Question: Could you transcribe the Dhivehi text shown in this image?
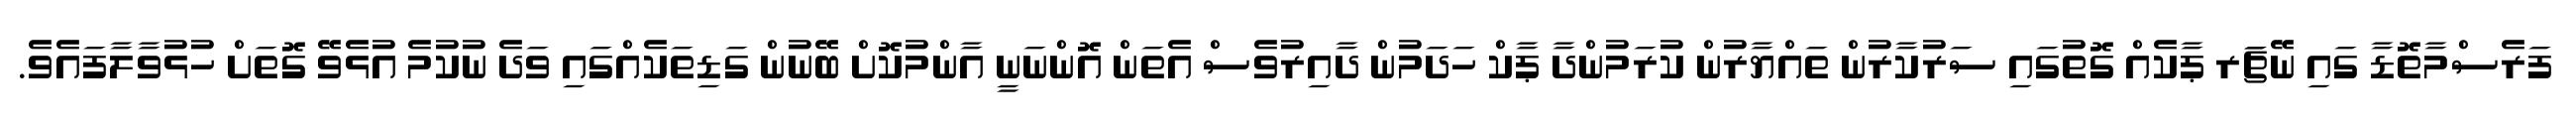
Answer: ފަރެސްމާތޮޑާ ގައި ނޭޗަަރ ޕާކެއް ގޮތުގައި ސަރުކާރުން ތައްޔާރުން ކުރަމުންދާ ޕާކް ހަދަމުން ދާއިރުވެސް އެތަން އޮންނަނީ އާންމުކޮށް ބޭނުން ގަޑިތަކެއްގައި ވަދެ ނުކުމެ އުޅެވޭ ގޮތަށް ހުޅުވާލާފައެވެ.